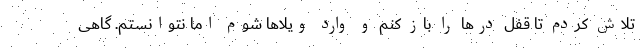
تلاش کردم تا قفل درها را باز کنم و وارد ویلاها شوم اما نتوانستم. گاهی